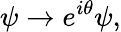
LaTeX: \psi\rightarrow e^{i\theta}\psi,